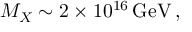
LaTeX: M _ { X } \sim 2 \times 1 0 ^ { 1 6 } \, \mathrm { G e V } \, ,